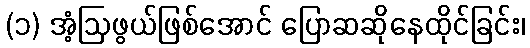
(၁) အံ့ဩဖွယ်ဖြစ်အောင် ပြောဆဆိုနေထိုင်ခြင်း၊